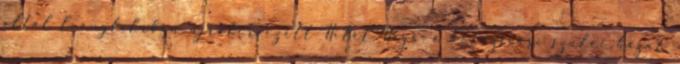
által leányfaluban újratervezett Hitel Háza, a kolozsvári szülõi házat